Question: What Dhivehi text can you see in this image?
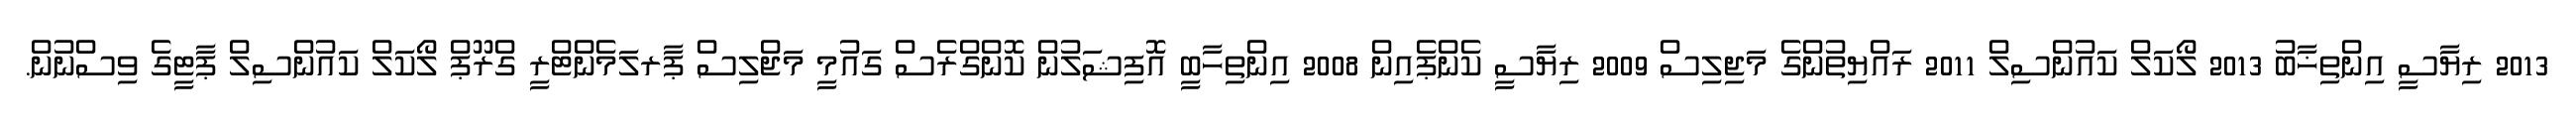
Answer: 2013 ރިޔާސީ އިންތިޚާބު 2013 ލޯކަލް ކައުންސިލް 2011 ރައްޔިތުންގެ މަޖިލިސް 2009 ރިޔާސީ ކެންޕެއިން 2008 އިންތިހާބީ އޮފިޝަލުން ކޮންގްރެސް ގައުމީ މަޖްލިސް ޕާރލަމެންޓްރީ ގްރޫޕް ލޯކަލް ކައުންސިލް ޕާޓީގެ ވިސްނުން.